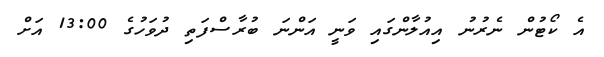
އެ ކޯޓުން ނެރުނު އިއުލާންގައި ވަނީ އަންނަ ބުރާސްފަތި ދުވަހުގެ 13:00 އަށް